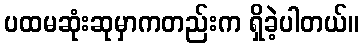
ပထမဆုံးဆုမှာကတည်းက ရှိခဲ့ပါတယ်။